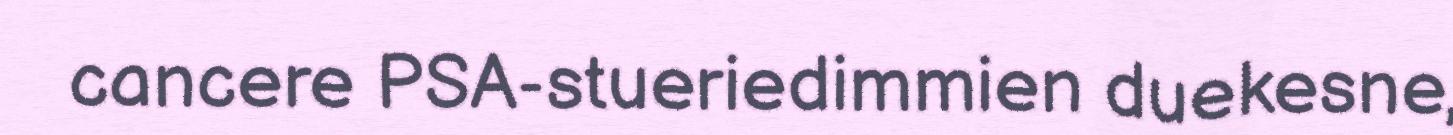
cancere PSA-stueriedimmien duekesne,